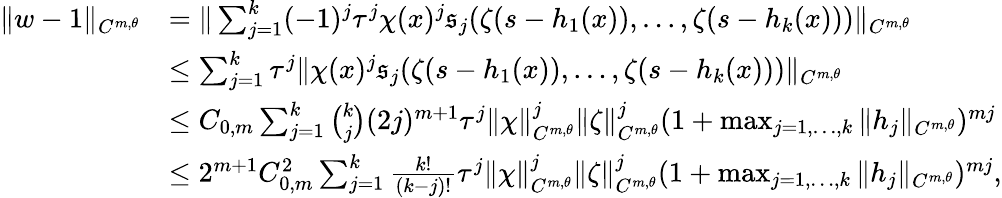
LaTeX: \begin{array}{rl}{\Vert w-1\Vert_{C^{m,\theta}}}&{=\Vert\sum_{j=1}^{k}(-1)^{j}\tau^{j}\chi(x)^{j}\mathfrak{s}_{j}(\zeta(s-h_{1}(x)),\ldots,\zeta(s-h_{k}(x)))\Vert_{C^{m,\theta}}}\\ &{\leq\sum_{j=1}^{k}\tau^{j}\Vert\chi(x)^{j}\mathfrak{s}_{j}(\zeta(s-h_{1}(x)),\ldots,\zeta(s-h_{k}(x)))\Vert_{C^{m,\theta}}}\\ &{\leq C_{0,m}\sum_{j=1}^{k}\binom{k}{j}(2j)^{m+1}\tau^{j}\Vert\chi\Vert_{C^{m,\theta}}^{j}\Vert\zeta\Vert_{C^{m,\theta}}^{j}(1+\operatorname*{max}_{j=1,\ldots,k}\Vert h_{j}\Vert_{C^{m,\theta}})^{mj}}\\ &{\leq 2^{m+1}C_{0,m}^{2}\sum_{j=1}^{k}\frac{k!}{(k-j)!}\tau^{j}\Vert\chi\Vert_{C^{m,\theta}}^{j}\Vert\zeta\Vert_{C^{m,\theta}}^{j}(1+\operatorname*{max}_{j=1,\ldots,k}\Vert h_{j}\Vert_{C^{m,\theta}})^{mj},}\end{array}